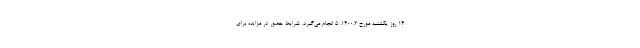
14 روز یکشنبه مورخ 1400.2. 5 انجام می‌گیرد. شرایط حضور در مزایده برای